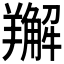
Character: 𦏘